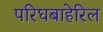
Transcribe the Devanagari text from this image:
परिघबाहेरिल